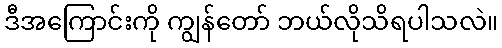
ဒီအကြောင်းကို ကျွန်တော် ဘယ်လိုသိရပါသလဲ။